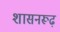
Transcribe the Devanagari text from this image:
शासनरूढ़